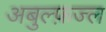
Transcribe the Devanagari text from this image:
अबुल्फ़ज्ल